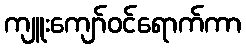
ကျူးကျော်ဝင်ရောက်ကာ